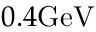
0 . 4 \mathrm { G e V }